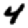
Digit: 4